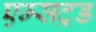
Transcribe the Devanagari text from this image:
एम्सट्रड